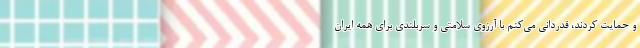
و حمایت کردند، قدردانی می‌کنم با آرزوی سلامتی و سربلندی برای همه ایران